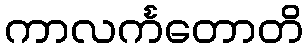
ကာလင်္ကတောတိ